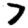
Digit: 7